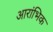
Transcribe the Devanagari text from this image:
आरांभिक